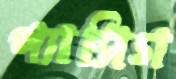
প্যাসিগ